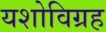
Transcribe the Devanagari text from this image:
यशोविग्रह